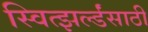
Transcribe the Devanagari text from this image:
स्वित्झर्ल्डंसाठी